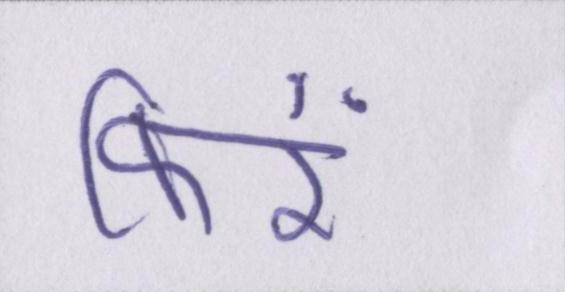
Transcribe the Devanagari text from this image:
फिरें